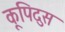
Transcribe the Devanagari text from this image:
कूपिदुस